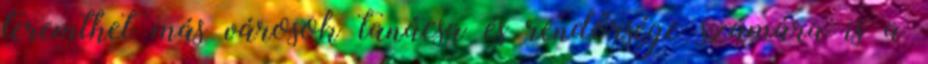
teremthet más városok tanácsa és rendőrsége számára is a